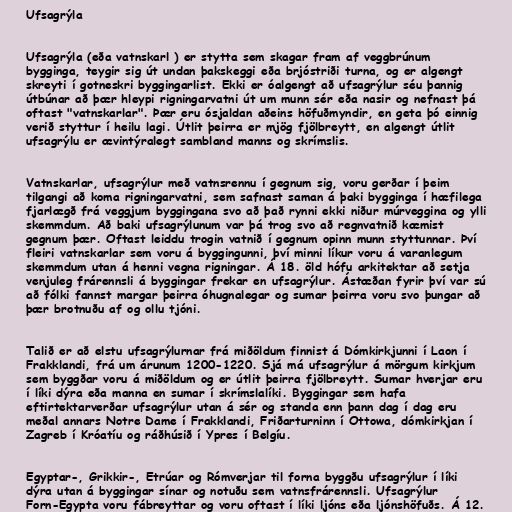
Ufsagrýla

Ufsagrýla (eða vatnskarl ) er stytta sem skagar fram af veggbrúnum
bygginga, teygir sig út undan þakskeggi eða brjóstriði turna, og er algengt
skreyti í gotneskri byggingarlist. Ekki er óalgengt að ufsagrýlur séu þannig
útbúnar að þær hleypi rigningarvatni út um munn sér eða nasir og nefnast þá
oftast "vatnskarlar". Þær eru ósjaldan aðeins höfuðmyndir, en geta þó einnig
verið styttur í heilu lagi. Útlit þeirra er mjög fjölbreytt, en algengt útlit
ufsagrýlu er ævintýralegt sambland manns og skrímslis.

Vatnskarlar, ufsagrýlur með vatnsrennu í gegnum sig, voru gerðar í þeim
tilgangi að koma rigningarvatni, sem safnast saman á þaki bygginga í hæfilega
fjarlægð frá veggjum byggingana svo að það rynni ekki niður múrveggina og ylli
skemmdum. Að baki ufsagrýlunum var þá trog svo að regnvatnið kæmist
gegnum þær. Oftast leiddu trogin vatnið í gegnum opinn munn styttunnar. Því
fleiri vatnskarlar sem voru á byggingunni, því minni líkur voru á varanlegum
skemmdum utan á henni vegna rigningar. Á 18. öld hófu arkitektar að setja
venjuleg frárennsli á byggingar frekar en ufsagrýlur. Ástæðan fyrir því var sú
að fólki fannst margar þeirra óhugnalegar og sumar þeirra voru svo þungar að
þær brotnuðu af og ollu tjóni.

Talið er að elstu ufsagrýlurnar frá miðöldum finnist á Dómkirkjunni í Laon í
Frakklandi, frá um árunum 1200-1220. Sjá má ufsagrýlur á mörgum kirkjum
sem byggðar voru á miðöldum og er útlit þeirra fjölbreytt. Sumar hverjar eru
í líki dýra eða manna en sumar í skrímslalíki. Byggingar sem hafa
eftirtektarverðar ufsagrýlur utan á sér og standa enn þann dag í dag eru
meðal annars Notre Dame í Frakklandi, Friðarturninn í Ottowa, dómkirkjan í
Zagreb í Króatíu og ráðhúsið í Ypres í Belgíu.

Egyptar-, Grikkir-, Etrúar og Rómverjar til forna byggðu ufsagrýlur í líki
dýra utan á byggingar sínar og notuðu sem vatnsfrárennsli. Ufsagrýlur
Forn-Egypta voru fábreyttar og voru oftast í líki ljóns eða ljónshöfuðs. Á 12.